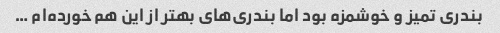
بندری تمیز و خوشمزه بود اما بندری‌های بهتر از این هم خورده‌ام …